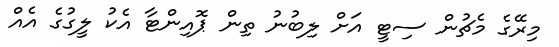
މިރޭގެ މެޗުން ސިޓީ އަށް ލިބުނު ތިން ޕޮއިންޓާ އެކު ލީގުގެ އެއް